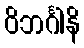
ဝိဘင်္ဂါနိ